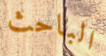
الباحث